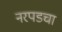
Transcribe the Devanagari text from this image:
नरपडचा